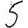
Digit: 5